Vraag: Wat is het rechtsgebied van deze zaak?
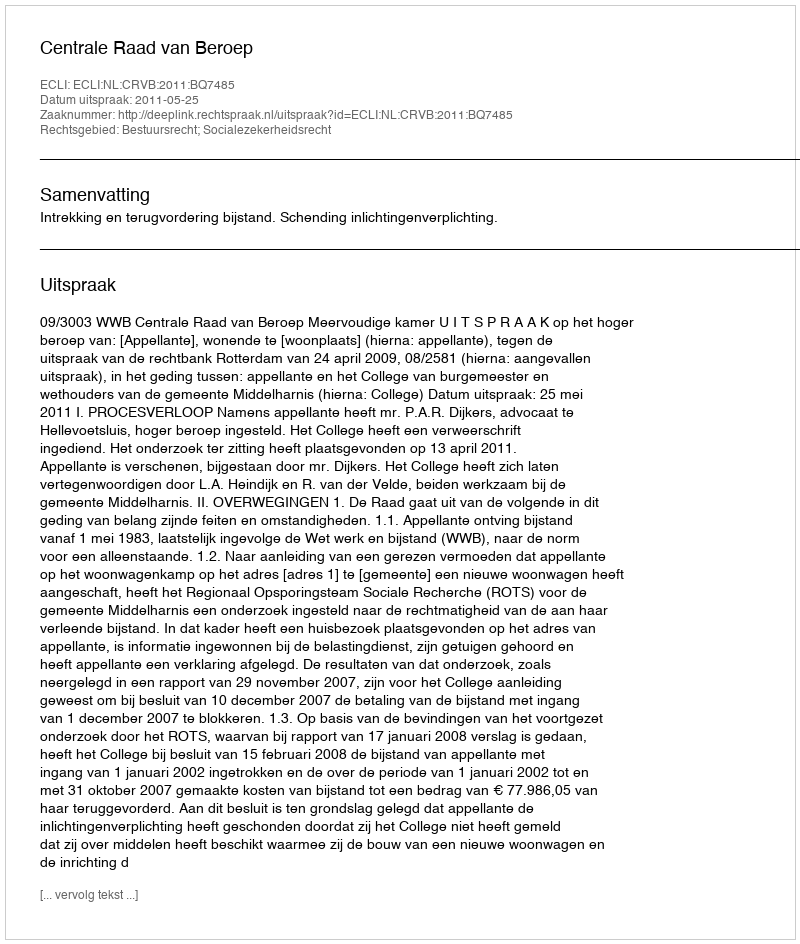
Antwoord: Bestuursrecht; Socialezekerheidsrecht